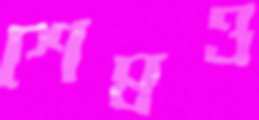
শেষও